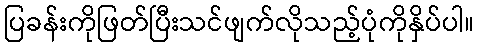
ပြခန်းကိုဖြတ်ပြီးသင်ဖျက်လိုသည့်ပုံကိုနှိပ်ပါ။